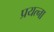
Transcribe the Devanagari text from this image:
प्रयत्ना